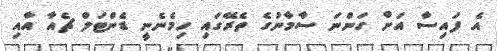
އެ ފައިސާ އަށް ގަންނަ ސާމާނުގެ ތެރޭގައި ހިމެނެނީ ޑެންޓަލް ޗެއާ އާއި